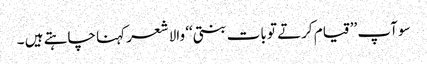
سو آپ ’’قیام کرتے تو بات بنتی‘‘ والا شعر کہنا چاہتے ہیں ۔